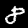
Label: 8